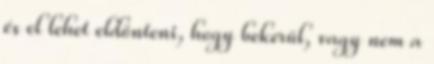
és el lehet eldönteni, hogy bekerül, vagy nem a